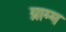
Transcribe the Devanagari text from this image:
ग्राम्म